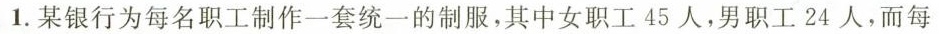
1.某银行为每名职工制作一套统一的制服，其中女职工45人，男职工24人，而每